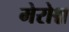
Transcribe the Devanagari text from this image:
मेरोश्च